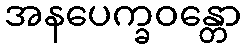
အနပေက္ခဝန္တော